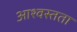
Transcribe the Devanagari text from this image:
आश्वस्तता